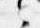
之